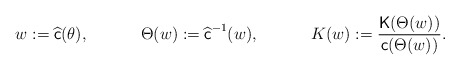
\begin{align*}&w:=\widehat{\textsf{c}}(\theta),&&\Theta(w):= \widehat{\textsf{c}}^{-1}(w),&&K(w):=\frac{\mathsf{K}(\Theta(w))}{\textsf{c}(\Theta(w))}.\end{align*}